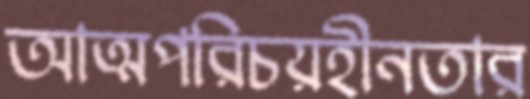
আত্মপরিচয়হীনতার